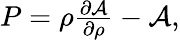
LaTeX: \begin{array}{r}{P=\rho\frac{\partial\mathcal{A}}{\partial\rho}-\mathcal{A},}\end{array}